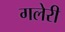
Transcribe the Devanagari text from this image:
गलेरी